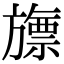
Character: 旚